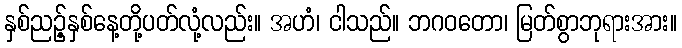
နှစ်ညဉ့်နှစ်နေ့တို့ပတ်လုံ့လည်း။ အဟံ၊ ငါသည်။ ဘဂဝတော၊ မြတ်စွာဘုရားအား။